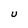
Character: U